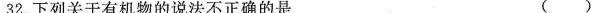
32.下列关于有机物的说法不正确的是 (